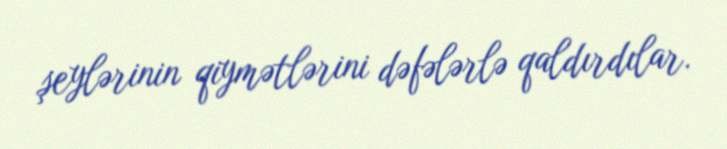
şeylərinin qiymətlərini dəfələrlə qaldırdılar.